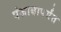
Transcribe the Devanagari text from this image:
पंजाबापर्यंत